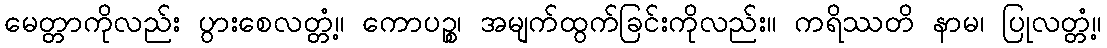
မေတ္တာကိုလည်း ပွားစေလတ္တံ့။ ကောပဉ္စ၊ အမျက်ထွက်ခြင်းကိုလည်း။ ကရိဿတိ နာမ၊ ပြုလတ္တံ့။